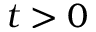
t > 0